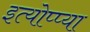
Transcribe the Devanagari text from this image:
इत्योप्प्या